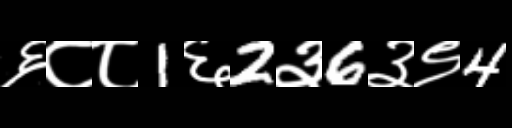
Text: ६८८1६2३6३९4